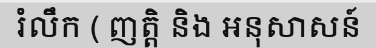
រំលឹក ( ញត្តិ និង អនុសាសន៍